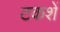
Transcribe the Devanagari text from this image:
टकशें